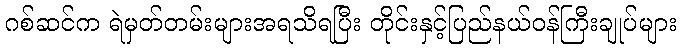
ဂစ်ဆင်က ရဲမှတ်တမ်းများအရသိရပြီး တိုင်းနှင့်ပြည်နယ်ဝန်ကြီးချုပ်များ